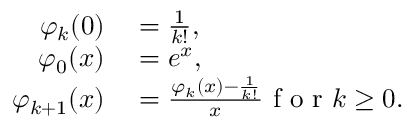
\begin{array} { r l } { \varphi _ { k } ( 0 ) } & { { } = \frac { 1 } { k ! } , } \\ { \varphi _ { 0 } ( x ) } & { { } = e ^ { x } , } \\ { \varphi _ { k + 1 } ( x ) } & { { } = \frac { \varphi _ { k } ( x ) - \frac { 1 } { k ! } } { x } \mathrm { ~ f ~ o ~ r ~ } k \geq 0 . } \end{array}